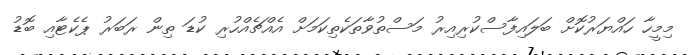
މިމީހާ ހައްޔަރުކޮށް ބަލައިފާސްކުރިއިރު މަސްތުވާތަކެތިކަމަށް އެއްޗެއްހުރި ކުޑަ ތިން ރަބަރު ޕެކެޓާއި ބޮޑު